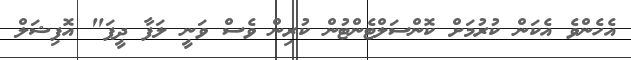
އެހެންވެ އެކަން ކުރުމަށް ކޮންސަލްޓެންޓުން ކުރިން ވެސް ވަނީ ލަފާ ދީފަ" އޮފިޝަލް